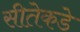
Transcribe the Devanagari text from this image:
सीतेकडे